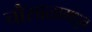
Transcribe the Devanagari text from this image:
चौसाळामधून